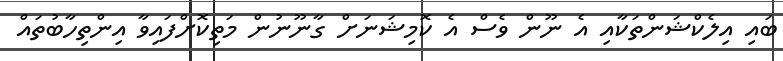
ބައި އިލެކްޝަންތަކާއި އެ ނޫން ވެސް އެ ކޮމިޝަނަށް ގާނޫނުން މަތިކޮށްފައިވާ އިންތިހާބުތައް